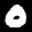
Digit: 0